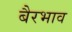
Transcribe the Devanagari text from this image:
बैरभाव